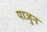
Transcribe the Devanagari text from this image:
पाजुन